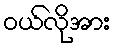
ဝယ်လိုအား